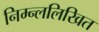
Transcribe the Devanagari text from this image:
निम्न्ललिखित